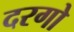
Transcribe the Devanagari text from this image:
दरगो